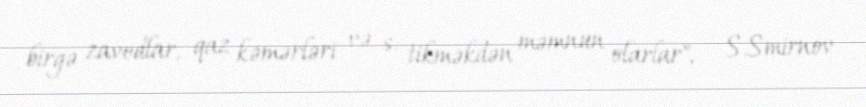
birgə zavodlar, qaz kəmərləri və s. tikməkdən məmnun olarlar", - S.Smirnov